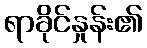
ရာခိုင်နှုန်း၏